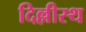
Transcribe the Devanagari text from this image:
दिल्लीस्थ